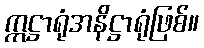
ဣဋ္ဌာရုံအနိဋ္ဌာရုံဖြစ်။